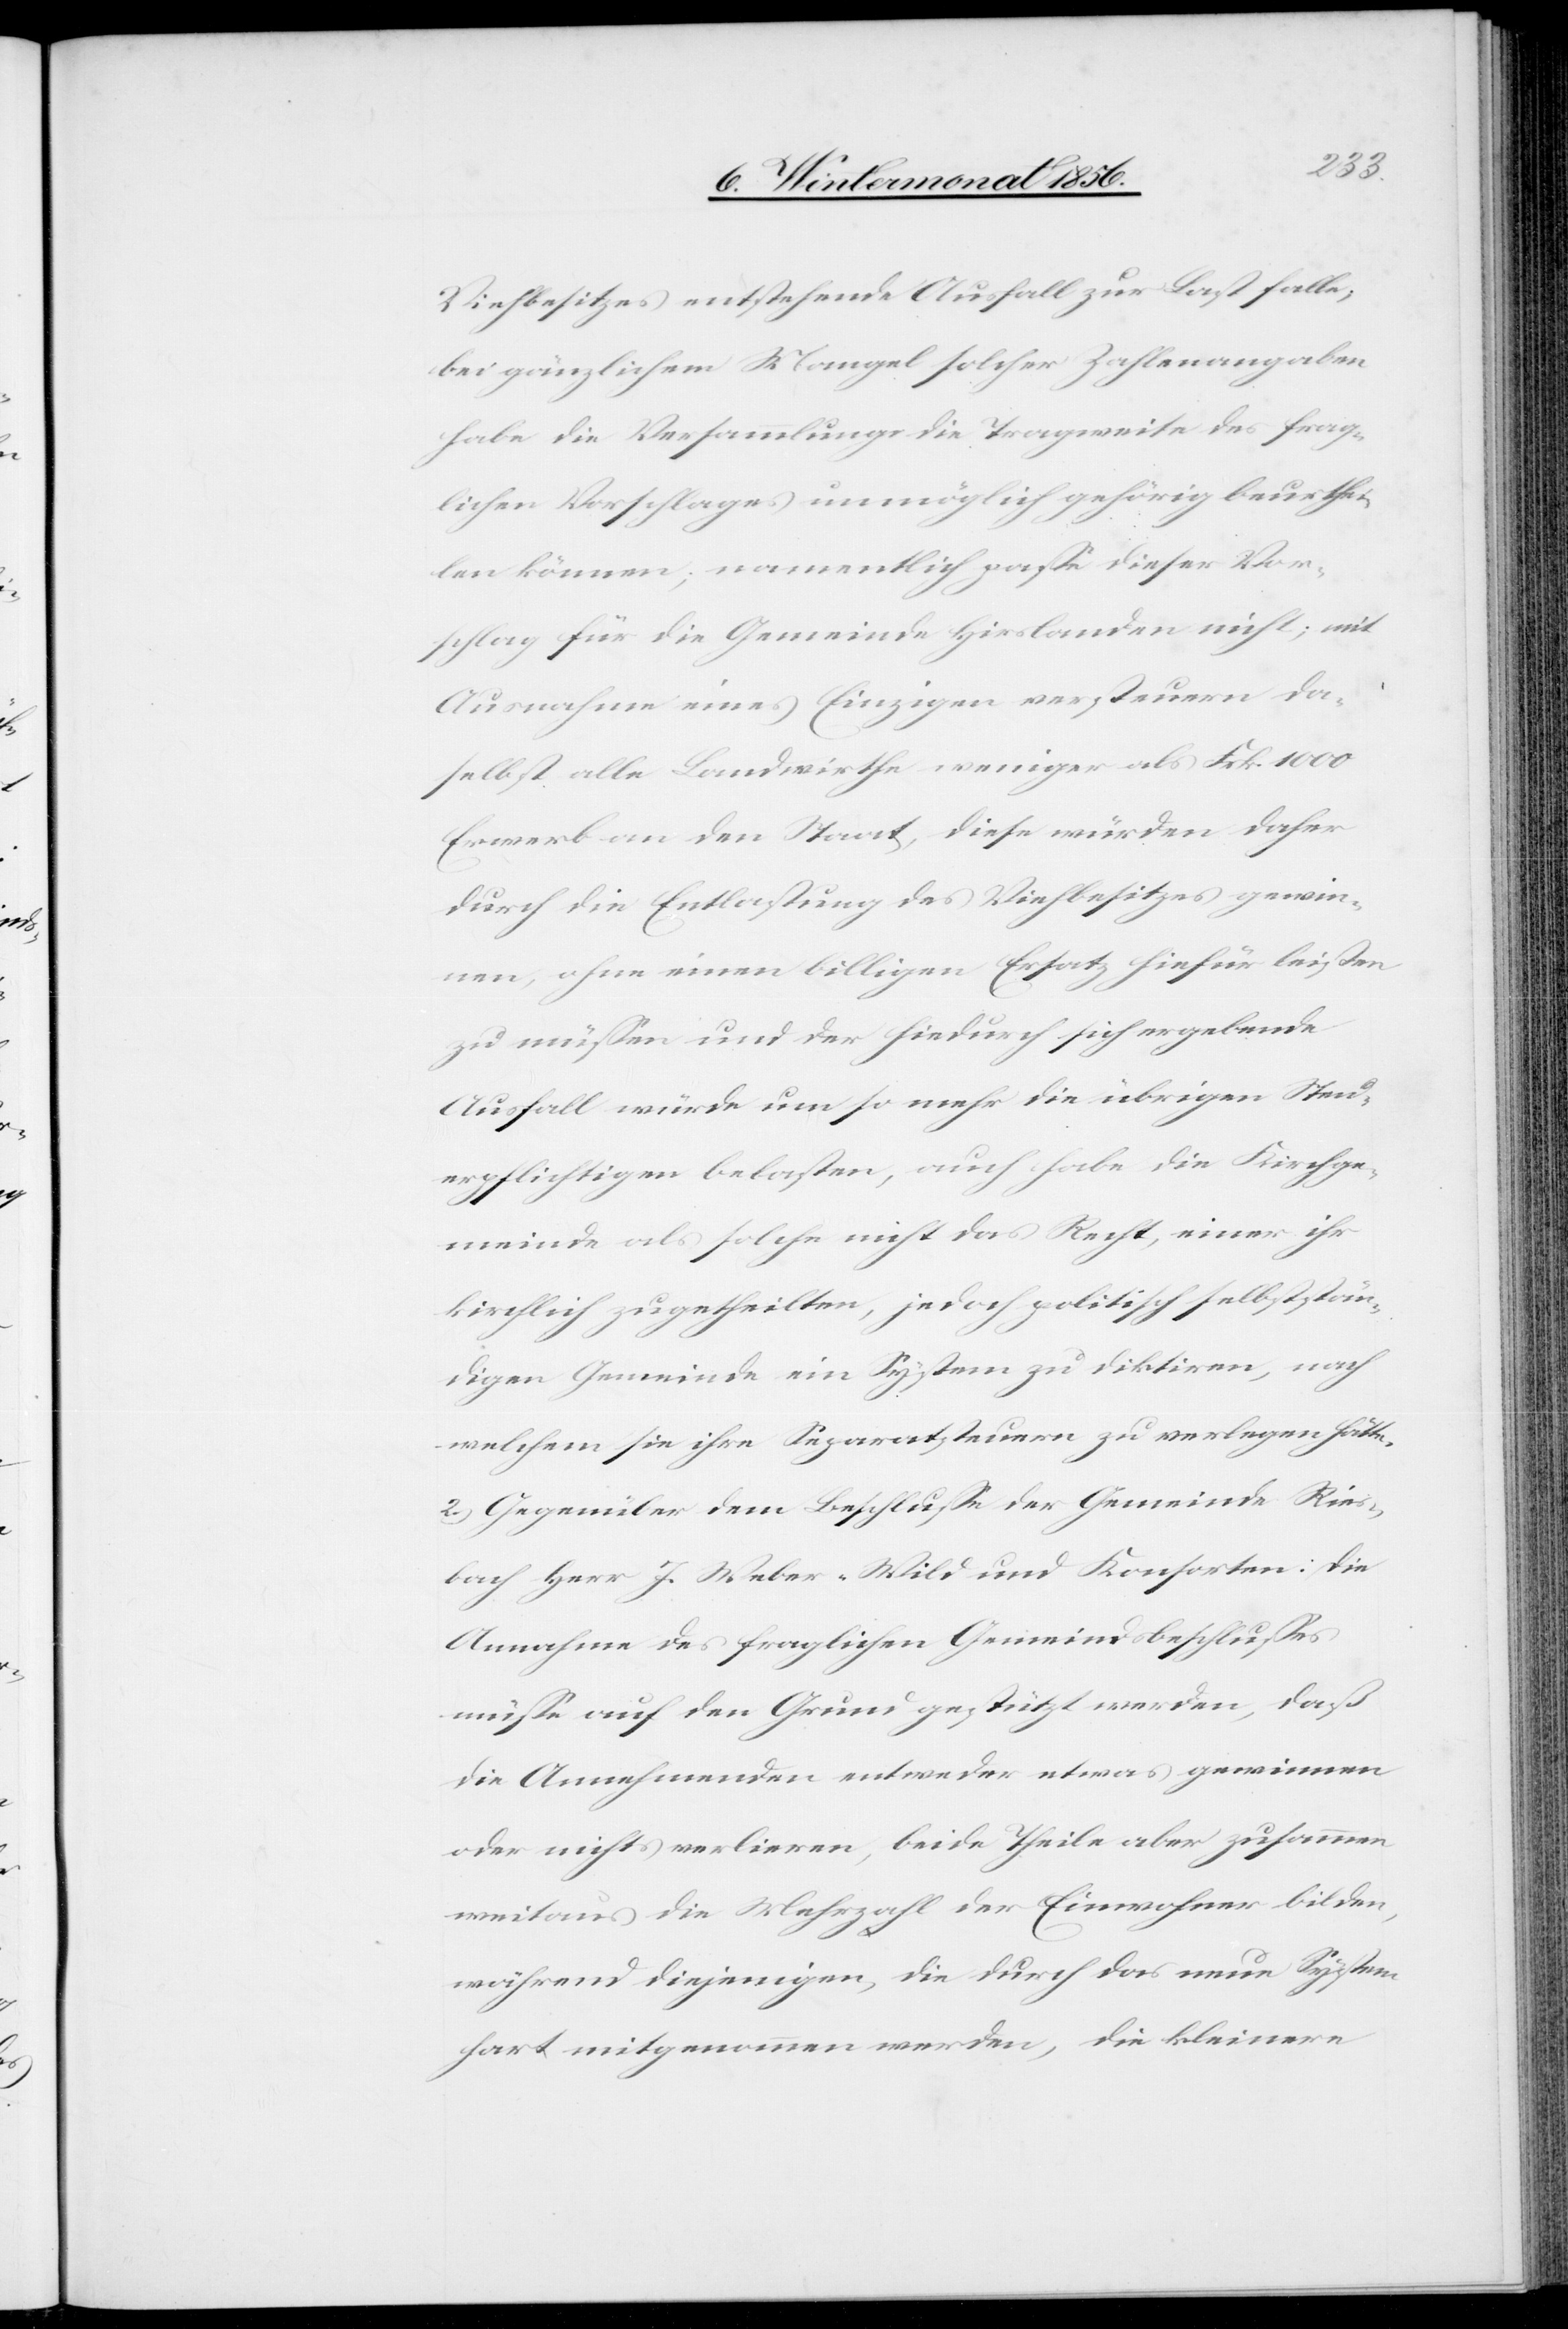
Viehbesitzes entstehende Ausfall zur Last falle;
bei gänzlichem Mangel solcher Zahlenangaben
habe die Versammlung die Tragweite des frag¬
lichen Vorschlages unmöglich gehörig beurthei¬
len können; namentlich passe dieser Vor¬
schlag für die Gemeinde Hirslanden nicht; mit
Ausnahme eines Einzigen versteuern da¬
selbst alle Landwirthe weniger als Frk. 1000
Erwerb an den Staat, diese würden daher
durch die Entlastung des Viehbesitzes gewin¬
nen, ohne einen billigen Ersatz hiefür leisten
zu müsse und der hiedurch sich ergebende
Ausfall würde um so mehr die übrigen Steu¬
erpflichtigen belasten, auch habe die Kirchge¬
meinde als solche nicht das Recht, einer ihr
kirchlich zugetheilten, jedoch politisch selbststän¬
digen Gemeinde ein System zu diktiren, nach
welchem sie ihre Separatsteuern zu verlegen hätte.
2.) Gegenüber dem Beschlusse der Gemeinde Ries¬
bach Herr J. Weber-Wild und Konsorten: die
Annahme des fraglichen Gemeindsbeschlusses
müsse auf den Grund gestützt werden, daß
die Annehmenden entweder etwas gewinnen
oder nichts verlieren, beide Theile aber zusammen
weitaus die Mehrzahl der Einwohner bilden,
während diejenigen, die durch das neue System
hart mitgenommen werden, die kleinere